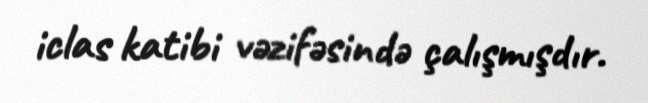
iclas katibi vəzifəsində çalışmışdır.